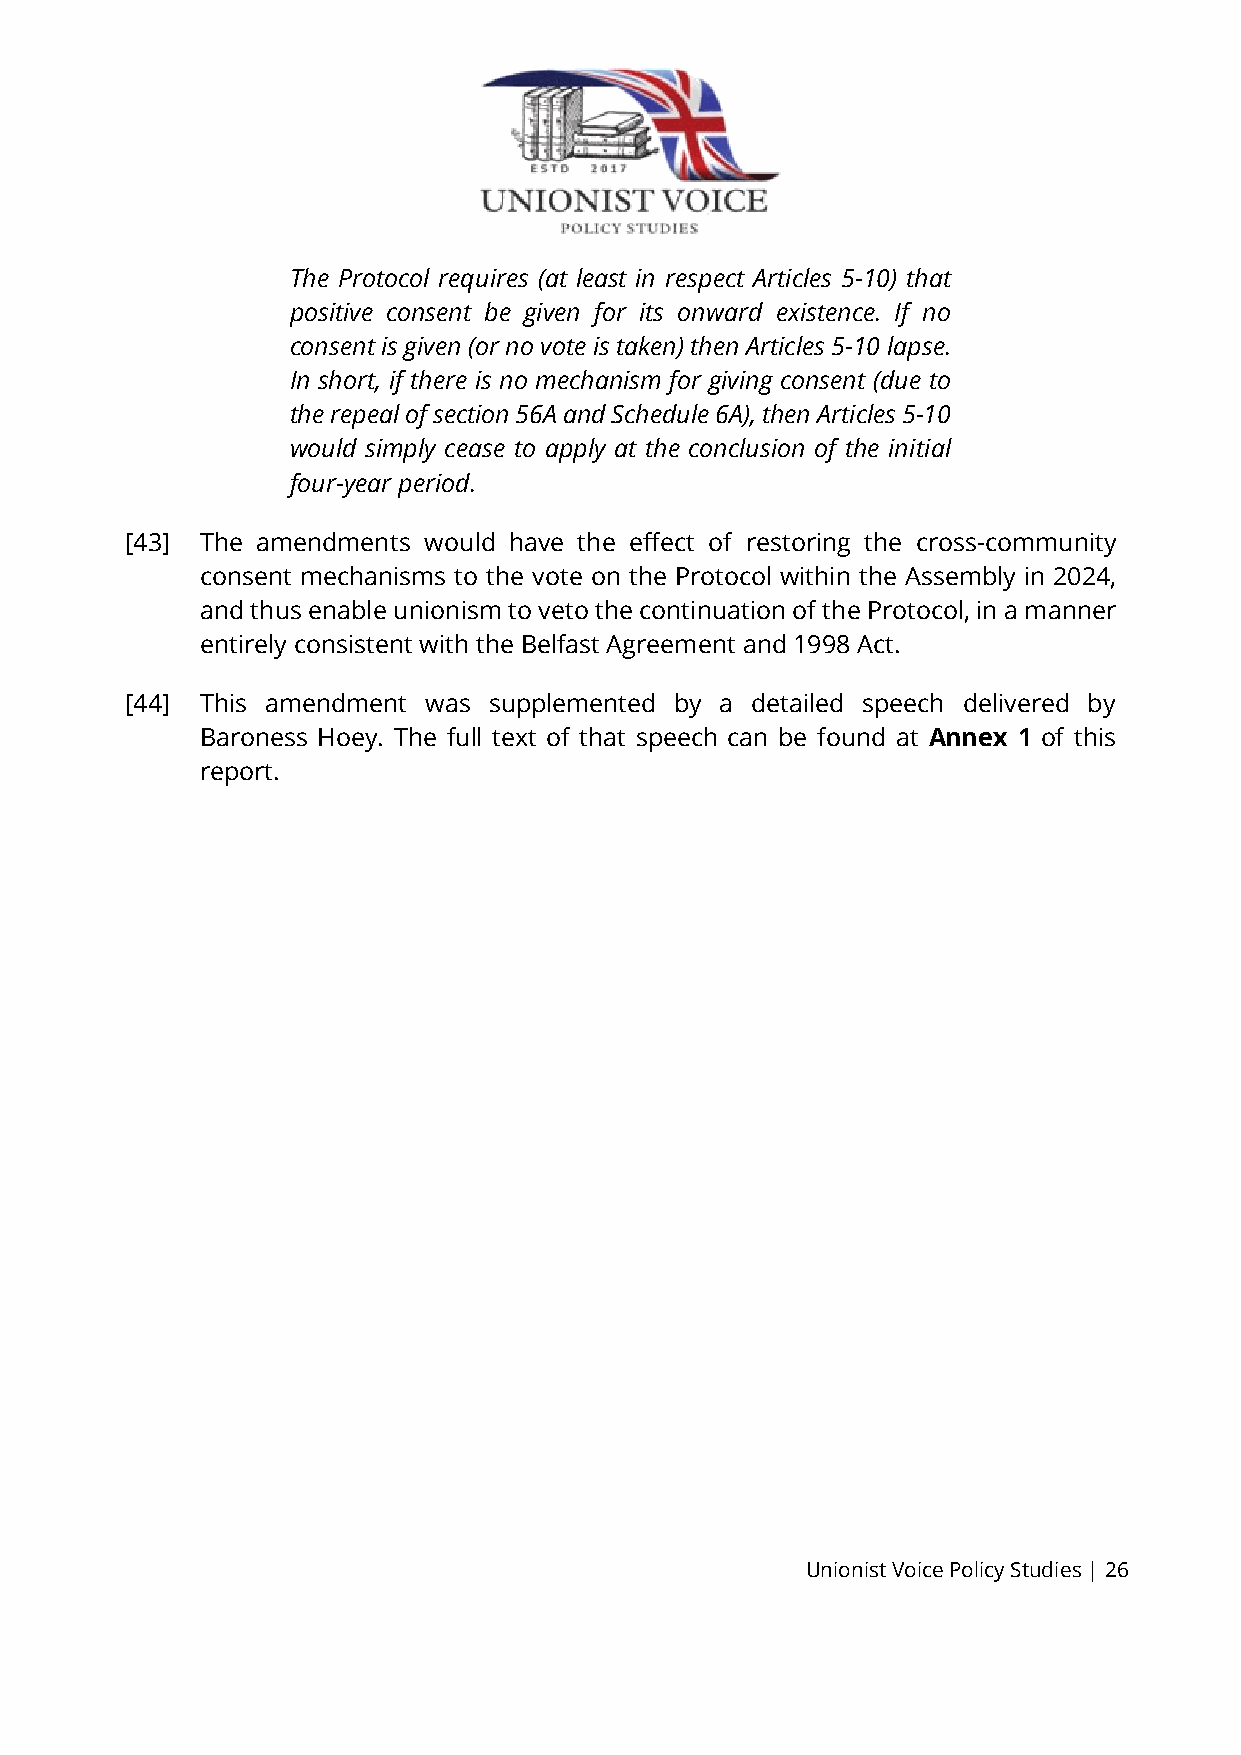
The Protocol requires (at least in respect Articles 5-10) that
 positive consent be given for its onward existence. If no
 consent is given (or no vote is taken) then Articles 5-10 lapse.
 In short, if there is no mechanism for giving consent (due to
 the repeal of section 56A and Schedule 6A), then Articles 5-10
 would simply cease to apply at the conclusion of the initial
 four-year period.
 [43] The amendments would have the effect of restoring the cross-community
 consent mechanisms to the vote on the Protocol within the Assembly in 2024,
 and thus enable unionism to veto the continuation of the Protocol, in a manner
 entirely consistent with the Belfast Agreement and 1998 Act.
 [44] This amendment was supplemented by a detailed speech delivered by
 Baroness Hoey. The full text of that speech can be found at Annex 1 of this
 report.
 Unionist Voice Policy Studies | 26